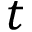
t